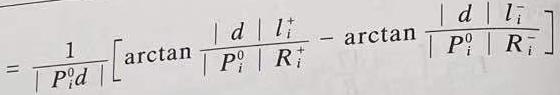
\[
= \frac{1}{\left| P_{i}^{0} d \right|} \left[ \arctan \frac{\left| d \right| l_{i}^{+}}{\left| P_{i}^{0} \right| R_{i}^{+}} - \arctan \frac{\left| d \right| l_{i}^{-}}{\left| P_{i}^{0} \right| R_{i}^{-}} \right]
\]